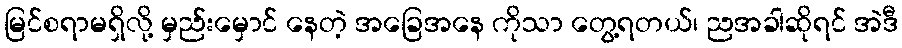
မြင်စရာမရှိလို့ မှည်းမှောင် နေတဲ့ အခြေအနေ ကိုသာ တွေ့ရတယ်၊ ညအခါဆိုရင် အဲဒီ